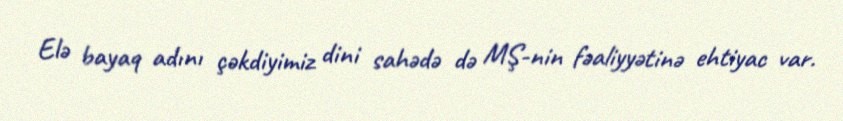
Elə bayaq adını çəkdiyimiz dini sahədə də MŞ-nin fəaliyyətinə ehtiyac var.